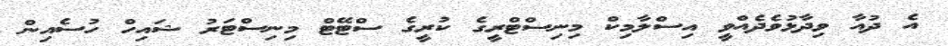
އެ ދުއާ ވިދާޅުވެދެއްވީ އިސްލާމިކް މިނިސްޓްރީގެ ކުރީގެ ސްޓޭޓް މިނިސްޓަރު ޝައިހް ހުސެއިން